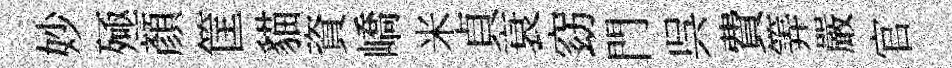
妙殛顏筐貓資嶠米貞衰窈門呉費筭嚴官